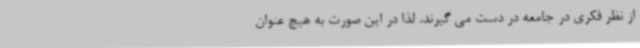
از نظر فکری در جامعه در دست می گیرند. لذا در این صورت به هیچ عنوان